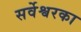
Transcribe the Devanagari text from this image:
सर्वेश्वरका